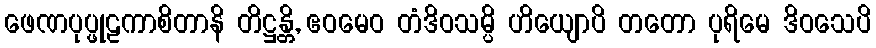
ဖေဏပုပ္ဖုဠကာစိတာနိ တိဋ္ဌန္တိ, ဧဝမေဝ တံဒိဝသမ္ပိ ဟိယျောပိ တတော ပုရိမေ ဒိဝသေပိ